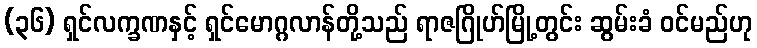
(၃၆) ရှင်လက္ခဏနှင့် ရှင်မောဂ္ဂလာန်တို့သည် ရာဇဂြိုဟ်မြို့တွင်း ဆွမ်းခံ ဝင်မည်ဟု